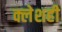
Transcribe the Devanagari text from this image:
क्लेशही